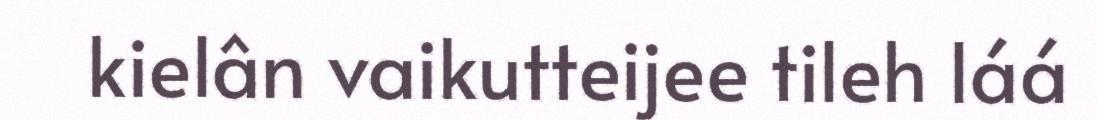
kielân vaikutteijee tileh láá